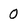
Character: 0